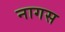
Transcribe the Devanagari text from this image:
नागस